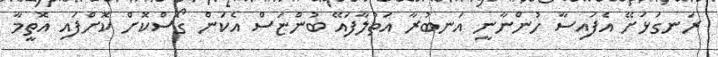
ރަނގަޅަށޭ އެފައިސާ ހުންނާނީ އަނބުރާ އަތުލާފައޭ ބުންޏަސް އެކަން ގޯސްކޮށް ކޮށްފައި އޮތީމާ